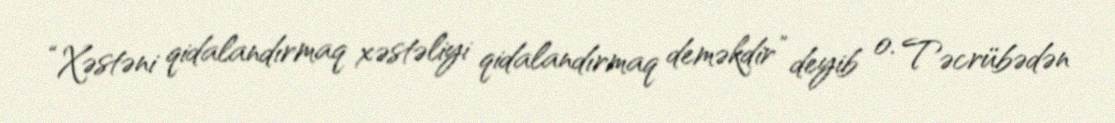
“Xəstəni qidalandırmaq xəstəliyi qidalandırmaq deməkdir” deyib o. Təcrübədən